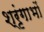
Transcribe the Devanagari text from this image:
श्रृंगाभों